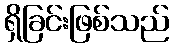
ရှိခြင်းဖြစ်သည်